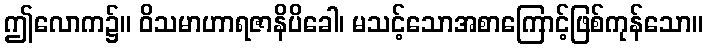
ဤလောက၌။ ဝိသမာဟာရဇာနိပိခေါ၊ မသင့်သောအစာကြောင့်ဖြစ်ကုန်သော။